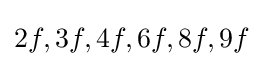
2f,3f,4f,6f,8f,9f